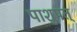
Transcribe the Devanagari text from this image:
पाशुपत्